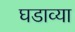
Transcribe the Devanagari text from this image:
घडाव्या